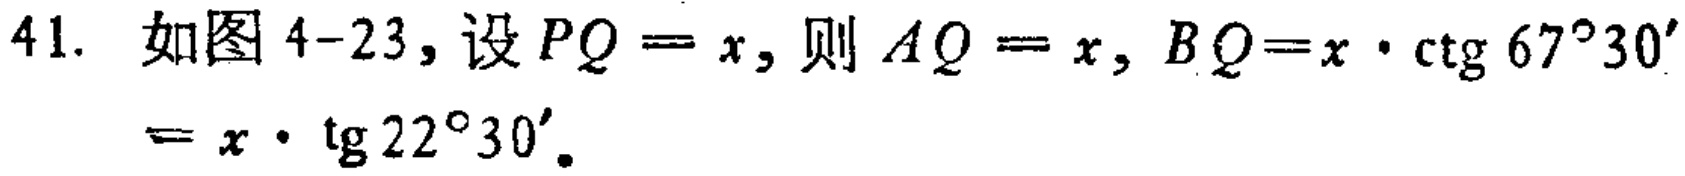
41. 如图4-23，设\(PQ = x\)，则\(AQ = x\)，\(BQ=x\cdot\mathrm{ctg}\ 67^{\circ}30'=x\cdot\mathrm{tg}\ 22^{\circ}30'\)。